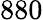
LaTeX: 880